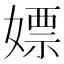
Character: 嫖